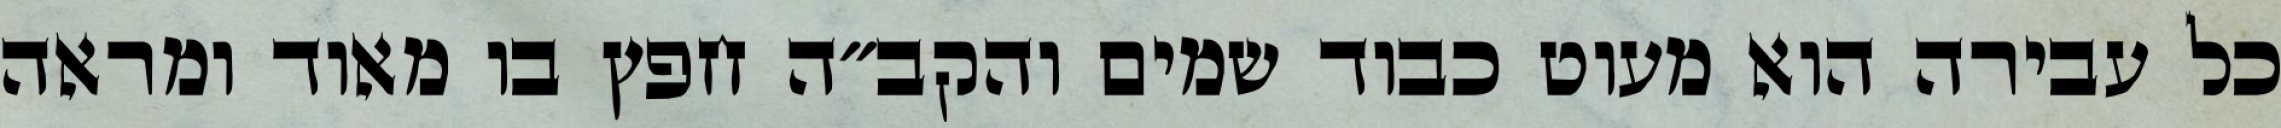
כל עבירה הוא מעוט כבוד שמים והקב״ה חפץ בו מאוד ומראה